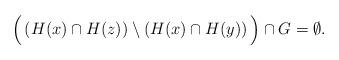
LaTeX: \begin{align*}\Big(\left( H(x)\cap H(z) \right)\setminus \left(H(x)\cap H(y)\right)\Big) \cap G = \emptyset. \end{align*}